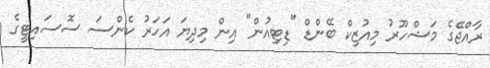
ރާއްޖޭގެ މަޝްހޫރު މިއުޒިކް ބޭންޑް "ޑިޓިއުން" އިން މިދިޔަ އަހަރު ކެންސަ ސޮސައިޓީގެ